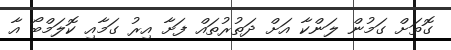
ގޮތަށް ގަމުން ލަންކާ އަށް ދަތުރުތައް ފަށާ އިރު ގަމާއި ކޮލަމްބޯ އާ